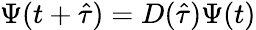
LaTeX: \Psi(t+\hat{\tau})=D(\hat{\tau})\Psi(t)